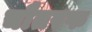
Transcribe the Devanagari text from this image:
चौतरफ